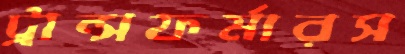
ট্রান্সফর্মারস